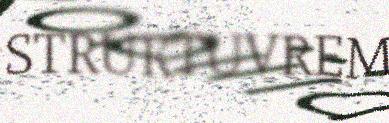
STRUKTUVREM